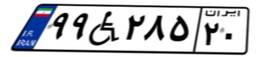
۹۹W۲۸۵۲۰